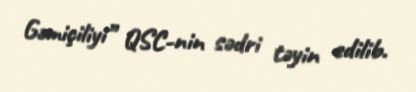
Gəmiçiliyi” QSC-nin sədri təyin edilib.